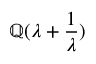
\mathbb { Q } ( \lambda + { \frac { 1 } { \lambda } } )